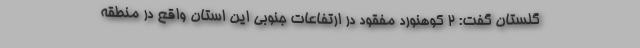
گلستان گفت: ۲ کوهنورد مفقود در ارتفاعات جنوبی این استان واقع در منطقه